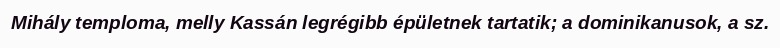
Mihály temploma, melly Kassán legrégibb épületnek tartatik; a dominikanusok, a sz.